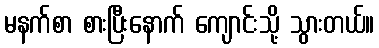
မနက်စာ စားပြီးနောက် ကျောင်းသို့ သွားတယ်။